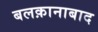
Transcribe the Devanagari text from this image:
बलक़ानाबाद